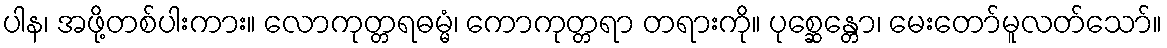
ပါန၊ အဖို့တစ်ပါးကား။ လောကုတ္တရဓမ္မံ၊ ကောကုတ္တရာ တရားကို။ ပုစ္ဆေန္တော၊ မေးတော်မူလတ်သော်။